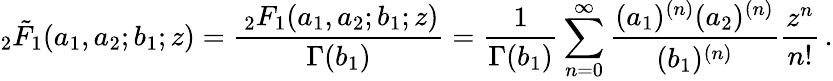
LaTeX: _2\tilde{F}_{1}(a_{1},a_{2};b_{1};z)=\frac{\, _{2}F_{1}(a_{1},a_{2};b_{1};z)}{\Gamma(b_{1})}=\frac{1}{\Gamma(b_{1})}\sum_{n=0}^{\infty}\frac{(a_{1})^{(n)}(a_{2})^{(n)}}{(b_{1})^{(n)}}\frac{z^{n}}{n!}\, .